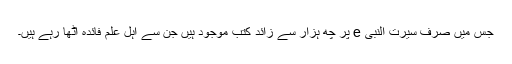
جس میں صرف سیرت النبی e پر چھ ہزار سے زائد کتب موجود ہیں جن سے اہل علم فائدہ اٹھا رہے ہیں۔